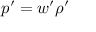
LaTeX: p ^ { \prime } = w ^ { \prime } \rho ^ { \prime }